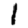
Digit: 1